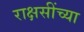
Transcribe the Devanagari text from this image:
राक्षसींच्या